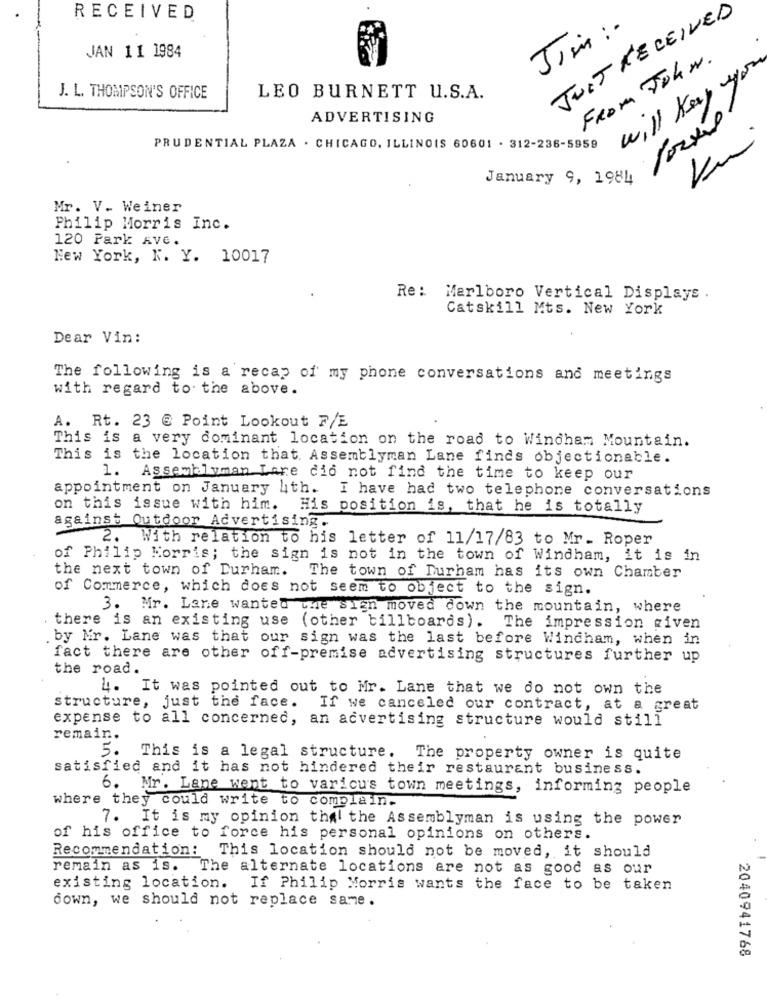
JUST RECEIVED
RECEIVED
Jim :-
JAN 11 1984
FROM John.
J. L. THOMPSON'S OFFICE
LEO BURNETT U.S.A.
will Key
ADVERTISING
PRUDENTIAL PLAZA . CHICAGO, ILLINOIS 60601 . 312-236-5959
January 9, 1984
Mr. V. Weiner
Philip Morris Inc.
120 Park AVE.
New York, N. Y. 10017
Re: Marlboro Vertical Displays .
Catskill Mts. New York
Dear Vin:
The following is a recap of my phone conversations and meetings
with regard to the above.
A. Rt. 23 @ Point Lookout F/E
This is a very dominant location on the road to Windham Mountain.
This is the location that. Assemblyman Lane finds objectionable.
1.
Assemblyman Lane did not find the time to keep our
appointment on January 4th. I have had two telephone conversations
on this issue with him.
His position is, that he is totally
against Outdoor Advertising.
2. With relation to his letter of 11/17/83 to Mr_ Roper
of Philip Morris; the sign is not in the town of Windham, it is in
the next town of Durham.
The town of Durham has its own Chamber
of Commerce, which does not seem to object to the sign.
3. Mr. Lane wanted the sign moved down the mountain, where
there is an existing use (other billboards). The impression given
by Mr. Lane was that our sign was the last before Windham, when in
fact there are other off-premise advertising structures further up
the road.
L. It was pointed out to Mr. Lane that we do not own the
structure, just the face. If we canceled our contract, at a great
expense to all concerned, an advertising structure would still
remain.
5. This is a legal structure. The property owner is quite
satisfied and it has not hindered their restaurant business.
6. Nr. Lane went to varicus town meetings, informing people
where they could write to complain.
7. It is my opinion thal the Assemblyman is using the power
of his office to force his personal opinions on others.
Recommendation:
This location should not be moved, it should
remain as is. The alternate locations are not as good as our
existing location.
If Philip Morris wants the face to be taken
down, we should not replace same.
2040941768